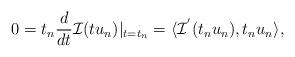
LaTeX: \begin{align*} 0=t_n\frac{d}{dt}\mathcal{I}(t u_n)|_{t=t_n}=\langle \mathcal{I}^{'}(t_n u_n),t_n u_n\rangle,\end{align*}